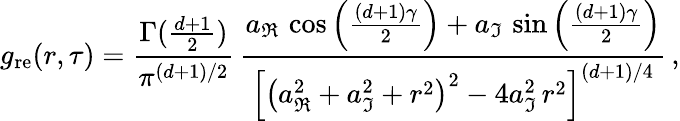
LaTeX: g_{\mathrm{re}}(r,\tau)=\frac{\Gamma(\frac{d+1}{2})}{\pi^{(d+1)/2}}\, \frac{a_{\Re}\, \cos\left(\frac{(d+1)\gamma}{2}\right)+a_{\Im}\, \sin\left(\frac{(d+1)\gamma}{2}\right)}{\left[\left(a_{\Re}^{2}+a_{\Im}^{2}+r^{2}\right)^{2}-4a_{\Im}^{2}\, r^{2}\right]^{(d+1)/4}}\, ,